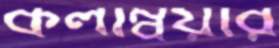
কলম্বিয়ার